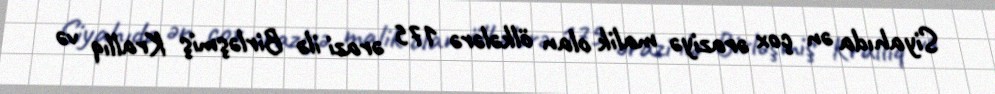
Siyahıda ən çox əraziyə malik olan ölkələrə 175 ərazi ilə Birləşmiş Krallıq və